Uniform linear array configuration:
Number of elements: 64
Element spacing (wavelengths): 0.5
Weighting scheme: cosine
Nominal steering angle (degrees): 0
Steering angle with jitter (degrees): -0.6449
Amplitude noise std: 0.05
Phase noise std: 0.05

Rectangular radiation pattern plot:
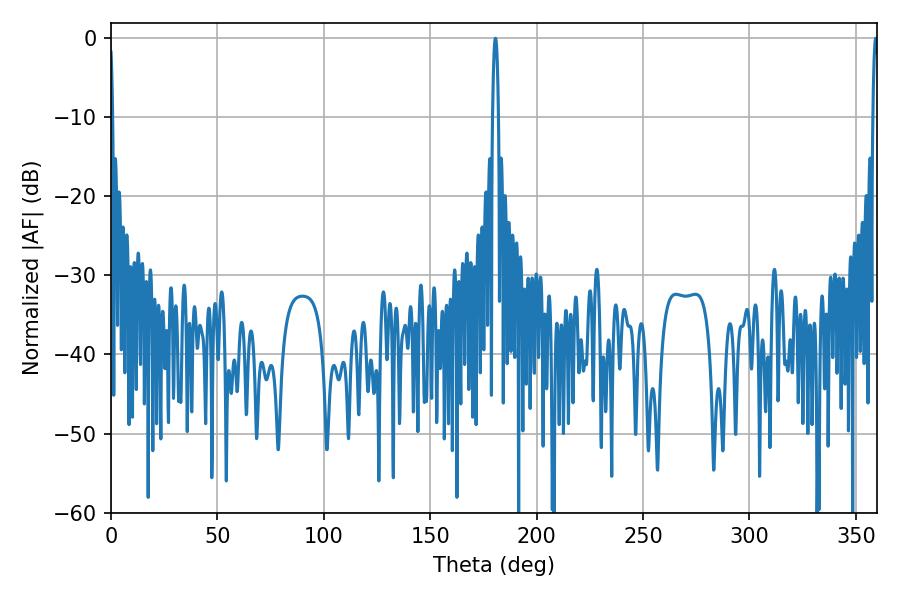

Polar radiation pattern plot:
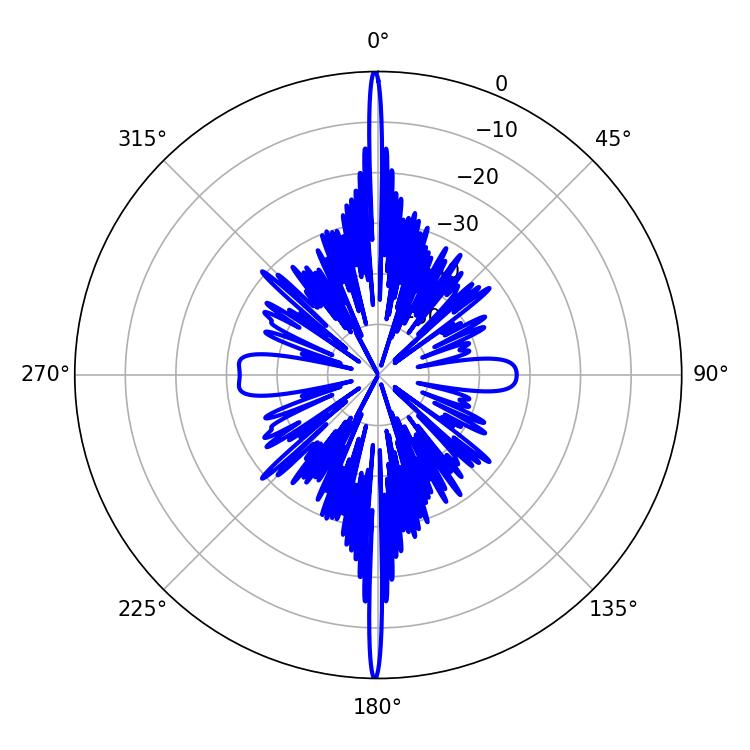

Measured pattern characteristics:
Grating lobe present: FALSE
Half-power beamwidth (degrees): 1.44
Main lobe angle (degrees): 359.28